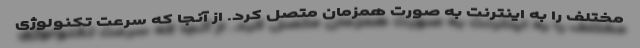
مختلف را به اینترنت به صورت همزمان متصل کرد. از آنجا که سرعت تکنولوژی